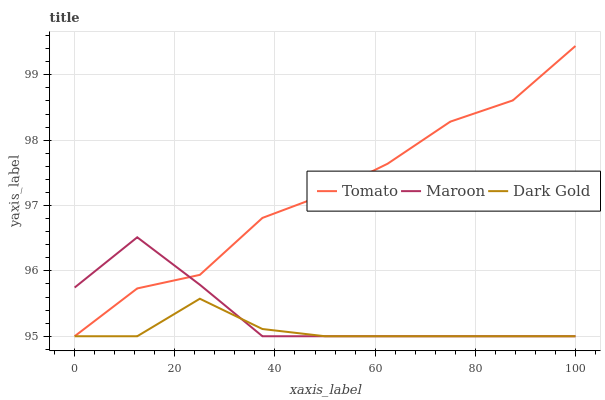
| xaxis_label | Tomato | Maroon | Dark Gold |
 | --- | --- | --- | --- |
 | 0 | 95 | 95.7 | 95 |
 | 12.5 | 95.7 | 96.5 | 95 |
 | 25 | 95.9 | 95.8 | 95.6 |
 | 37.5 | 96.8 | 95 | 95.1 |
 | 50 | 97.2 | 95 | 95 |
 | 62.5 | 97.6 | 95 | 95 |
 | 75 | 98.3 | 95 | 95 |
 | 87.5 | 98.6 | 95 | 95 |
 | 100 | 99.4 | 95 | 95 |